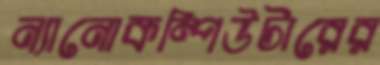
ন্যানোকম্পিউটারের